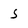
Character: 5